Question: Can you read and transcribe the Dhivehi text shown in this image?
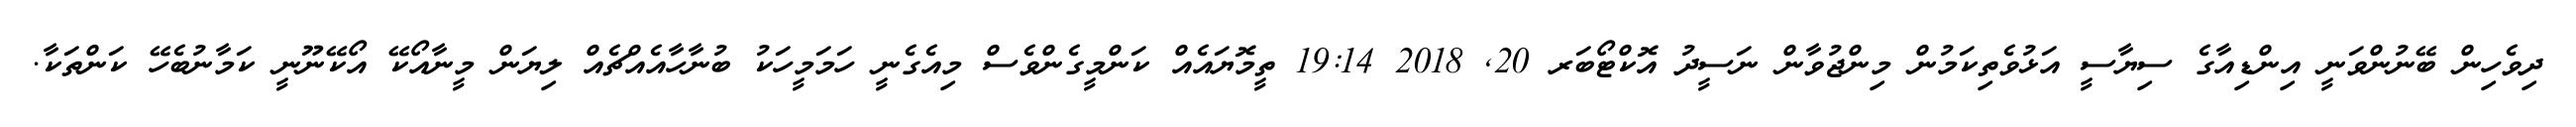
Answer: ދިވެހިން ބޭނުންވަނީ އިންޑިއާގެ ސިޔާސީ އަޅުވެތިކަމުން މިންޖުވާން ނަސީދު އޮކްޓޯބަރ 20, 2018 19:14 ތީމޮޔައެއް ކަންމީގެންވެސް މިއެގެނީ ހަމަމީހަކު ބުނާހާއެއްޗެއް ލިޔަން މީނާއޯކޭ އޯކޭނޫނީ ކަމާނުބެހޭ ކަންތަކާ.